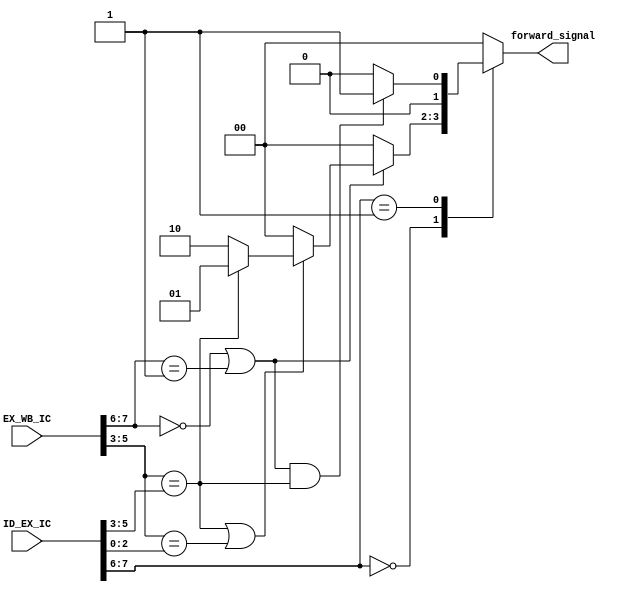

module forwarding_unit(input [7:0] ID_EX_IC, input [7:0]  EX_WB_IC, output reg [1:0] forward_signal);
wire [1:0] OpCode;
assign OpCode = ID_EX_IC [7:6];
always@(OpCode)
	
	begin
	case(OpCode)
		2'b00: 
			begin 
			if((EX_WB_IC[7:6]==2'b00)|(EX_WB_IC[7:6]==2'b01))
				begin
					if((EX_WB_IC[5:3]==ID_EX_IC[5:3])|(EX_WB_IC[5:3]==ID_EX_IC[2:0]))
					begin	
						if(EX_WB_IC[5:3]==ID_EX_IC[5:3])
						forward_signal=2'b01;
					else 
						forward_signal=2'b10;
					end
					else
						forward_signal = 2'b00;
				end

			else 
				forward_signal = 2'b00;
			end		
		2'b01: 
			begin 
			if(((EX_WB_IC[7:6]==2'b00)|(EX_WB_IC[7:6]==2'b01))&(EX_WB_IC[5:3]==ID_EX_IC[5:3]))
			forward_signal=2'b01;
			else 
			forward_signal = 2'b00;
			end		
		default : forward_signal = 0;
		endcase
	end
endmodule